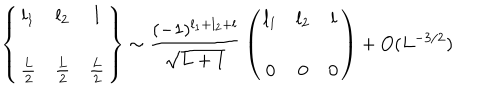
\left\{ \begin{array} { c c c } { { l _ { 1 } } } & { { l _ { 2 } } } & { { l } } \\ { { { } } } & { { { } } } & { { } } \\ { { { \frac { L } { 2 } } } } & { { { \frac { L } { 2 } } } } & { { { \frac { L } { 2 } } } } \\ \end{array} \right\} \sim { \frac { ( - 1 ) ^ { l _ { 1 } + l _ { 2 } + l } } { \sqrt { L + 1 } } } \left( \begin{array} { c c c } { { l _ { 1 } } } & { { l _ { 2 } } } & { { l } } \\ { { { } } } & { { { } } } & { { } } \\ { { 0 } } & { { 0 } } & { { 0 } } \\ \end{array} \right) + O ( L ^ { - 3 / 2 } )